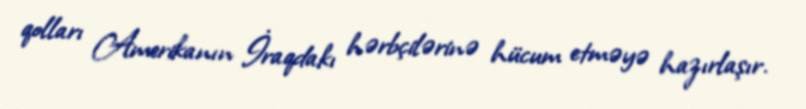
qolları Amerikanın İraqdakı hərbçilərinə hücum etməyə hazırlaşır.